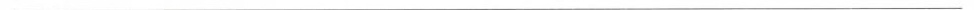
___